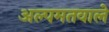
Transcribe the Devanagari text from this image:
अल्पमतवाले